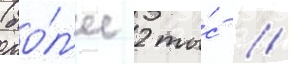
(бо́л'ее 2 ты́с //